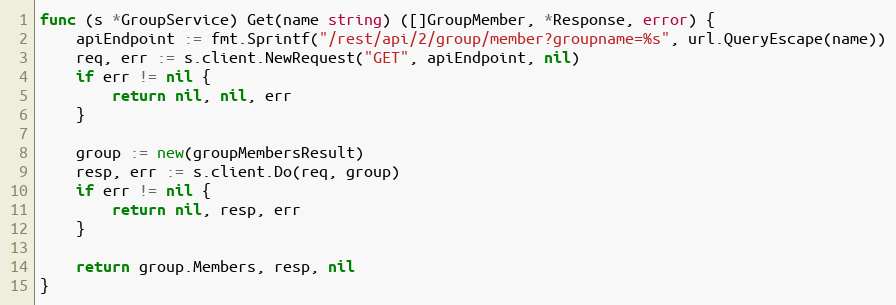
Language: Go
func (s *GroupService) Get(name string) ([]GroupMember, *Response, error) {
	apiEndpoint := fmt.Sprintf("/rest/api/2/group/member?groupname=%s", url.QueryEscape(name))
	req, err := s.client.NewRequest("GET", apiEndpoint, nil)
	if err != nil {
		return nil, nil, err
	}

	group := new(groupMembersResult)
	resp, err := s.client.Do(req, group)
	if err != nil {
		return nil, resp, err
	}

	return group.Members, resp, nil
}